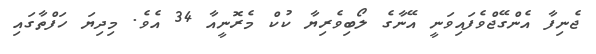
ޖެނިފާ އެންގޭޖްވެފައިވަނީ އޭނާގެ ލޯބިވެރިޔާ ކުކް މެރޮނީއާ 34 އެވެ. މިދިޔަ ހަފްތާގައި